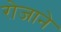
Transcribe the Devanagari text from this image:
रोजाने